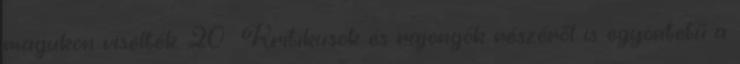
magukon viselték. 20 Kritikusok és rajongók részéről is egyöntetű a